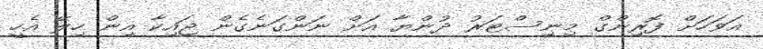
އަވަހަށް ފޮރިންގް މިނިސްޓަރު ދުންޔާ އަށް ނަންގަނެގެން ޖައިކާ އިން ހިލޭ އެހީ